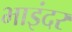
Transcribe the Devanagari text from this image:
भाइंदर